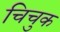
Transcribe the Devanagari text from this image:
चिचुक